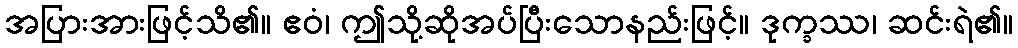
အပြားအားဖြင့်သိ၏။ ဧဝံ၊ ဤသို့ဆိုအပ်ပြီးသောနည်းဖြင့်။ ဒုက္ခဿ၊ ဆင်းရဲ၏။